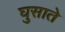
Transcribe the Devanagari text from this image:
घुसाते